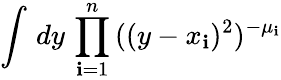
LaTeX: \int\, dy\, \prod_{\mathbf{i}=1}^{n}\, ((y-x_{\mathbf{i}})^{2})^{-\mu_{\mathbf{i}}}